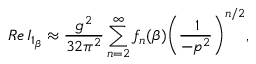
R e \, I _ { 1 _ { \beta } } \approx \frac { g ^ { 2 } } { 3 2 \pi ^ { 2 } } \sum _ { n = 2 } ^ { \infty } f _ { n } ( \beta ) \Bigg ( \frac { \: 1 } { - p ^ { 2 } } \Bigg ) ^ { n / 2 } ,